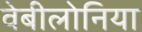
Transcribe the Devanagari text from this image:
वेबीलोनिया